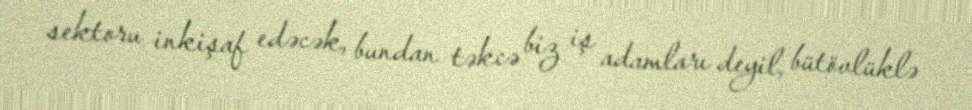
sektoru inkişaf edəcək, bundan təkcə biz iş adamları deyil, bütövlüklə